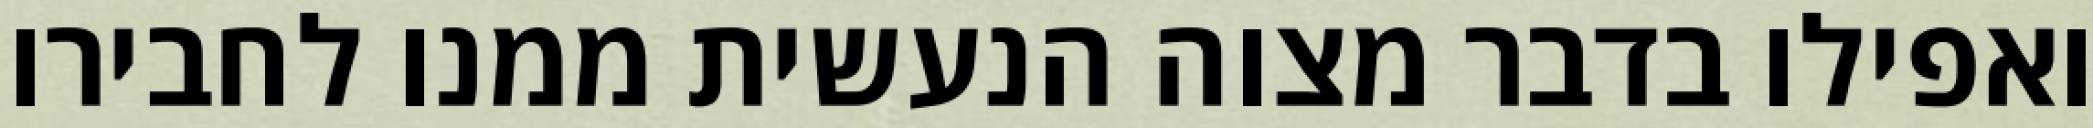
ואפילו בדבר מצוה הנעשית ממנו לחבירו